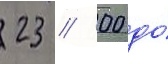
23 // 00 до́